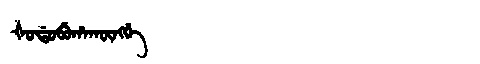
Manchu: ᡧᠣᡩᠣᠪᡠᡥᠠᡴᡡᠩᡤᡝ
Romanization: ŠODOBUHAKŪNGGE